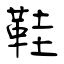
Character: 鞋